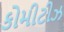
કોમીટીઝ